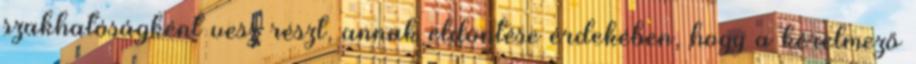
szakhatóságként vesz részt, annak eldöntése érdekében, hogy a kérelmező